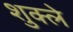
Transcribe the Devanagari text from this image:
शुक्ले